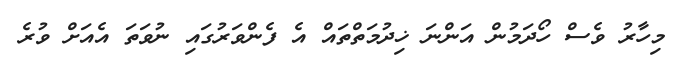
މިހާރު ވެސް ހޯދަމުން އަންނަ ޚިދުމަތްތައް އެ ފެންވަރުގައި ނުވަތަ އެއަށް ވުރެ